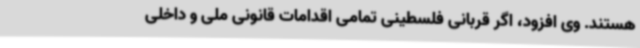
هستند. وی افزود، اگر قربانی فلسطینی تمامی اقدامات قانونی ملی و داخلی